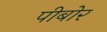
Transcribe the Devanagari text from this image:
पीबोर